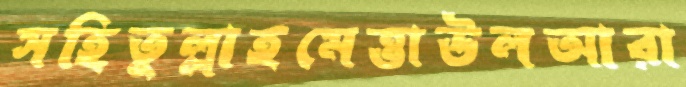
সহিতুল্লাহমেত্তাউলআরা